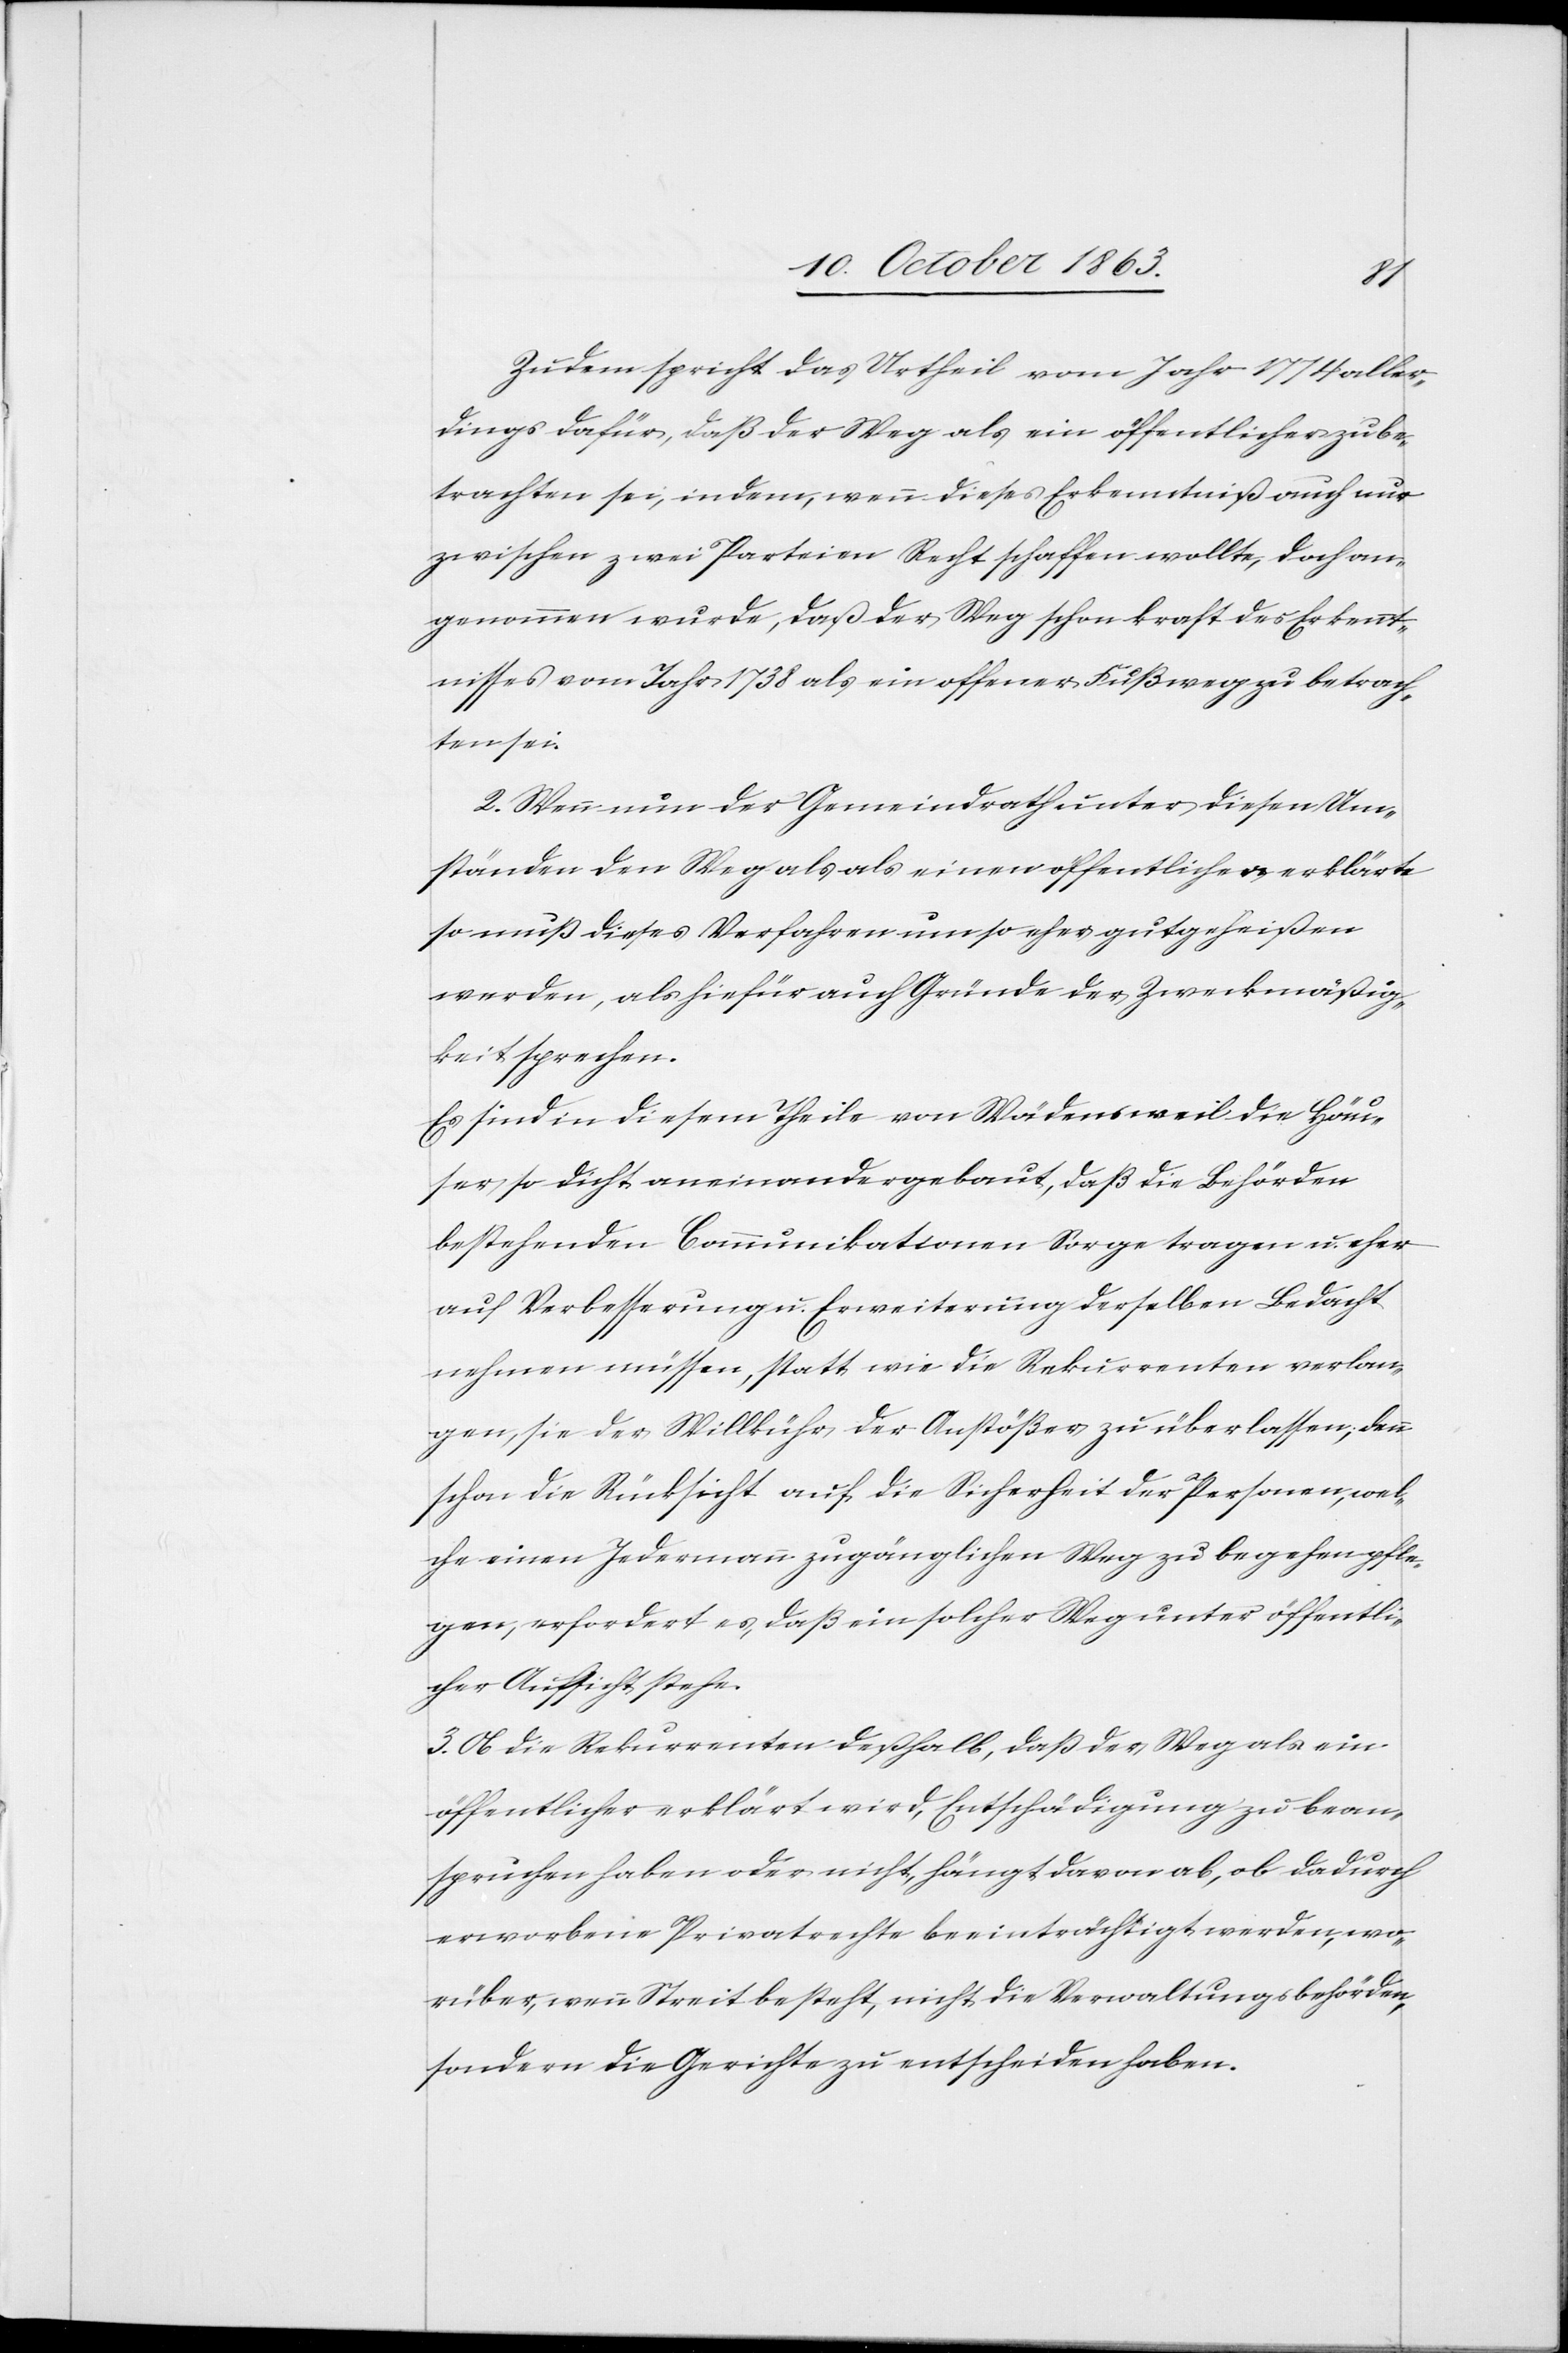
Zudem spricht das Urtheil vom Jahr 1774 aller¬
dings dafür, daß der Weg als ein öffentlicher zu be¬
trachten sei, indem, wenn dieses Erkenntniß auch nur
zwischen zwei Parteien Recht schaffen wollte, doch an¬
genommen wurde, daß der Weg schon kraft des Erkennt¬
nisses vom Jahr 1738 als ein offener Fußweg zu betrach¬
ten sei.
2. Wenn nun der Gemeindrath unter diesen Um¬
ständen den Weg als als [sic!] einen öffentlichen erklärte
so muß dieses Verfahren um so eher gutgeheißen
werden, als hiefür auch Gründe der Zweckmäßig¬
keit sprechen.
Es sind in diesem Theile von Wädensweil die Häu¬
ser so dicht aneinandergebaut, daß die Behörden
bestehenden Communikationen Sorge tragen u. eher
auf Verbesserung u. Erweiterung derselben Bedacht
nehmen müssen, statt wie die Rekurrenten verlan¬
gen, sie der Willkühr der Anstößer zu überlassen; denn
schon die Rücksicht auf die Sicherheit der Personen, wel¬
che einen Jedermann zugänglichen Weg zu begehen pfle¬
gen, erfordert es, daß ein solcher Weg unter öffentli¬
cher Aufsicht stehe.
3. Ob die Rekurrenten deßhalb, daß der Weg als ein
öffentlicher erklärt wird, Entschädigung zu bean¬
spruchen haben oder nicht, hängt davon ab, ob dadurch
erworbene Privatrechte beeinträchtigt werden, wo¬
rüber, wenn Streit besteht, nicht die Verwaltungsbehörden,
sondern die Gerichte zu entscheiden haben.